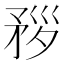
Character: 𥍧